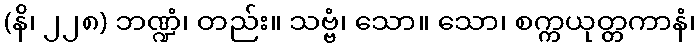
(နိ၊ ၂၂၈) ဘဏ္ဍံ၊ တည်း။ သဗ္ဗံ၊ သော။ သော၊ စက္ကယုတ္တကာနံ၊